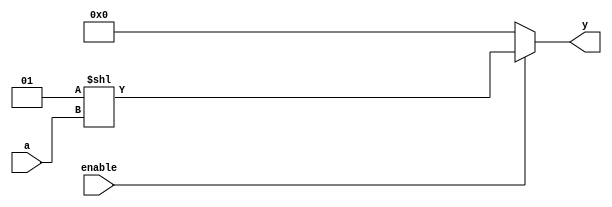


module decoder_nbit 
    // Parameters section
    #( parameter N = 3)
    // Ports section
    (input [N-1:0] a,
     input enable,
     output reg [2**N-1:0] y
    );
  
    always @(*) begin
        if (enable == 0) 
            y = 0;
        else
            y = (1 << a);
    end  
  
endmodule




`timescale 1us/1ns
module tb_decoder_nbit();
	
    parameter DEC_WIDTH = 3;
    reg [DEC_WIDTH-1:0] a;
    reg  enable ;
    wire  [2**DEC_WIDTH-1:0] y;
	
	integer i; // used in the for loop
	
    // Instantiate the parameterized DUT
    decoder_nbit 
    #(.N(DEC_WIDTH))
    DEC1
    (
      .a(a),
      .enable(enable),
      .y(y)
    );
  
    // Create stimulus
    initial begin
        $monitor($time, " a = %d, enable = %b, y = %b", a, enable, y);
        #1; a = 0; enable = 0;
        for (i = 0; i<2**DEC_WIDTH; i=i+1) begin
            #1; a = i; enable = 1;
        end
    end
  
endmodule